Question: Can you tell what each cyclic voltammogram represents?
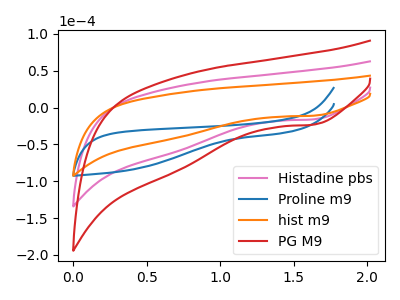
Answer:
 <answer>The pink curve is labeled "Histadine pbs". The blue curve is labeled "Proline m9". The orange curve is labeled "hist m9". The red curve is labeled "PG M9".</answer>
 <eval></eval>